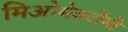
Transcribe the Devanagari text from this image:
मिओमेक्टोमी